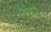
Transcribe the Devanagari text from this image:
संपे